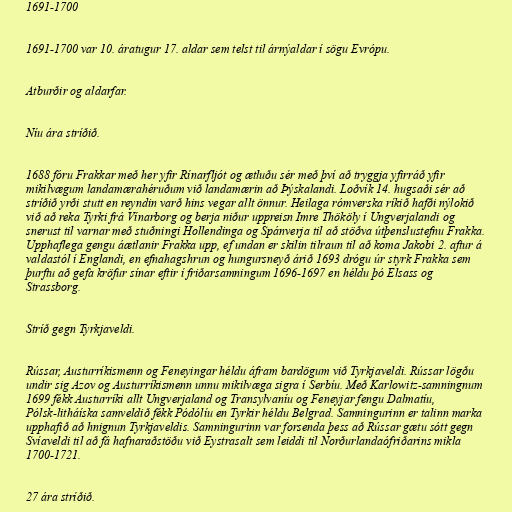
1691-1700

1691-1700 var 10. áratugur 17. aldar sem telst til árnýaldar í sögu Evrópu.

Atburðir og aldarfar.

Níu ára stríðið.

1688 fóru Frakkar með her yfir Rínarfljót og ætluðu sér með því að tryggja yfirráð yfir
mikilvægum landamærahéruðum við landamærin að Þýskalandi. Loðvík 14. hugsaði sér að
stríðið yrði stutt en reyndin varð hins vegar allt önnur. Heilaga rómverska ríkið hafði nýlokið
við að reka Tyrki frá Vínarborg og berja niður uppreisn Imre Thököly í Ungverjalandi og
snerust til varnar með stuðningi Hollendinga og Spánverja til að stöðva útþenslustefnu Frakka.
Upphaflega gengu áætlanir Frakka upp, ef undan er skilin tilraun til að koma Jakobi 2. aftur á
valdastól í Englandi, en efnahagshrun og hungursneyð árið 1693 drógu úr styrk Frakka sem
þurftu að gefa kröfur sínar eftir í friðarsamningum 1696-1697 en héldu þó Elsass og
Strassborg.

Stríð gegn Tyrkjaveldi.

Rússar, Austurríkismenn og Feneyingar héldu áfram bardögum við Tyrkjaveldi. Rússar lögðu
undir sig Azov og Austurríkismenn unnu mikilvæga sigra í Serbíu. Með Karlowitz-samningnum
1699 fékk Austurríki allt Ungverjaland og Transylvaníu og Feneyjar fengu Dalmatíu,
Pólsk-litháíska samveldið fékk Pódólíu en Tyrkir héldu Belgrad. Samningurinn er talinn marka
upphafið að hnignun Tyrkjaveldis. Samningurinn var forsenda þess að Rússar gætu sótt gegn
Svíaveldi til að fá hafnaraðstöðu við Eystrasalt sem leiddi til Norðurlandaófriðarins mikla
1700-1721.

27 ára stríðið.